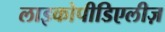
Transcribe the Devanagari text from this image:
लाइकोपीडिएलीज़